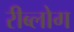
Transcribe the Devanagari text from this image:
रीब्लोग